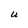
Character: U